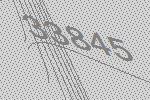
33845